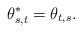
LaTeX: \begin{align*}\theta_{s,t}^{*}= \theta_{t,s}.\end{align*}